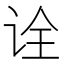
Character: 诠